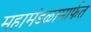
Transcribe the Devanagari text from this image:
महामंडळामार्फत